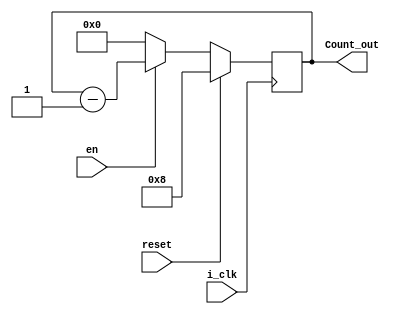
`timescale 1ns / 1ps
//////////////////////////////////////////////////////////////////////////////////
// Company: 
// Engineer: 
// 
// Design Name: 
// Module Name: down_counter
// Project Name: 
// Target Devices: 
// Tool Versions: 
// Description: 
// 
// Dependencies: 
// 
// Revision:
// Revision 0.01 - File Created
// Additional Comments:
// 
//////////////////////////////////////////////////////////////////////////////////


module down_counter(
i_clk , reset ,en , Count_out
    );
	 
	 parameter DATA_WIDTH = 4 ;
input i_clk ;
input reset ;
input en ;
output reg [DATA_WIDTH-1:0] Count_out ;
always @ (posedge i_clk)
 begin
        if (reset==1'b1)
          begin
           Count_out <= 4'b1000 ;
            end
         else if (en==1'b1) 
            begin
              Count_out <= Count_out - 1'b1 ;
                end
             else
                begin
                   Count_out <= 4'b0000 ; 
                    end  
            end                
endmodule